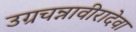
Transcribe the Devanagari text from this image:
उग्रचन्नावीरादेवा